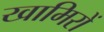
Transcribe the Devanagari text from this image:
खामिरों